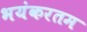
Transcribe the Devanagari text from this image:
भयंकरतम